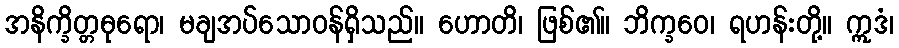
အနိက္ခိတ္တဓုရော၊ မချအပ်သောဝန်ရှိသည်။ ဟောတိ၊ ဖြစ်၏။ ဘိက္ခဝေ၊ ရဟန်းတို့။ ဣဒံ၊